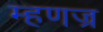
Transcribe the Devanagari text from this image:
म्हणज्र